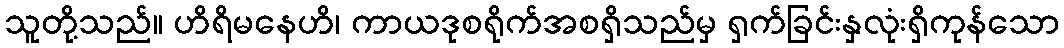
သူတို့သည်။ ဟိရိမနေဟိ၊ ကာယဒုစရိုက်အစရှိသည်မှ ရှက်ခြင်းနှလုံးရှိကုန်သော